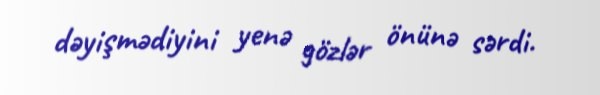
dəyişmədiyini yenə gözlər önünə sərdi.